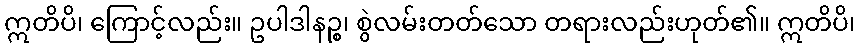
ဣတိပိ၊ ကြောင့်လည်း။ ဥပါဒါနဉ္စ၊ စွဲလမ်းတတ်သော တရားလည်းဟုတ်၏။ ဣတိပိ၊